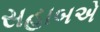
સહાબએ